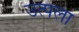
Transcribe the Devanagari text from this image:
उत्पला